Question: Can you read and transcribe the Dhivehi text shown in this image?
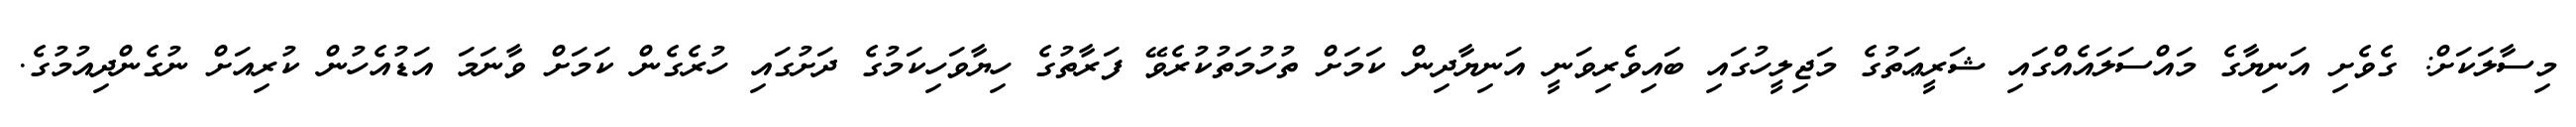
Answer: މިސާލަކަށް: ގެވެށި އަނިޔާގެ މައްސަލައެއްގައި ޝަރީޢަތުގެ މަޖިލީހުގައި ބައިވެރިވަނީ އަނިޔާދިން ކަމަށް ތުހުމަތުކުރެވޭ ފަރާތުގެ ހިޔާވަހިކަމުގެ ދަށުގައި ހުރެގެން ކަމަށް ވާނަމަ އަޑުއެހުން ކުރިއަށް ނުގެންދިއުމުގެ.